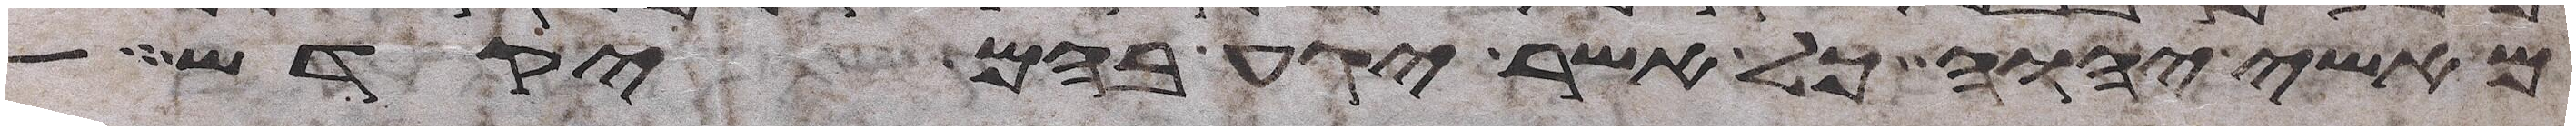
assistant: מאשי יהוה כל אשר יגע בהם יקדש